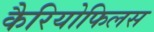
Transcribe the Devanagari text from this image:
कैरियोफिलस